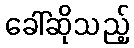
ခေါ်ဆိုသည့်